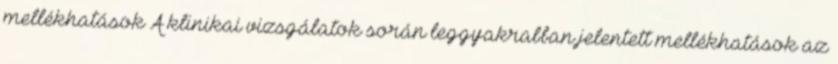
mellékhatások A klinikai vizsgálatok során leggyakrabban jelentett mellékhatások az